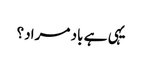
یہی ہے باد مراد؟